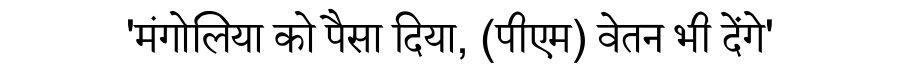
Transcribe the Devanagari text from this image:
'मंगोलिया को पैसा दिया, (पीएम) वेतन भी देंगे'